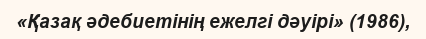
«Қазақ әдебиетінің ежелгі дәуірі» (1986),